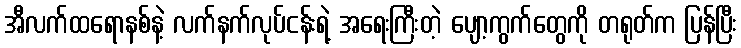
အီလက်ထရောနစ်နဲ့ လက်နက်လုပ်ငန်းရဲ့ အရေးကြီးတဲ့ ပျော့ကွက်တွေကို တရုတ်က ပြန်ပြီး